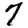
Digit: 7